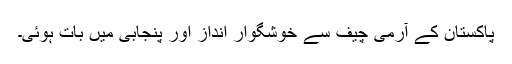
پاکستان کے آرمی چیف سے خوشگوار انداز اور پنجابی میں بات ہوئی۔